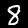
Digit: 8